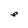
Character: e